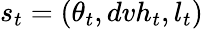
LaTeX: s_{t}=(\theta_{t},dvh_{t},l_{t})